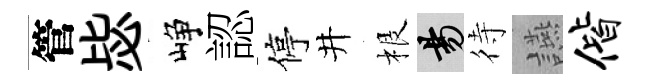
管毖峥認停井根昜待讌偕